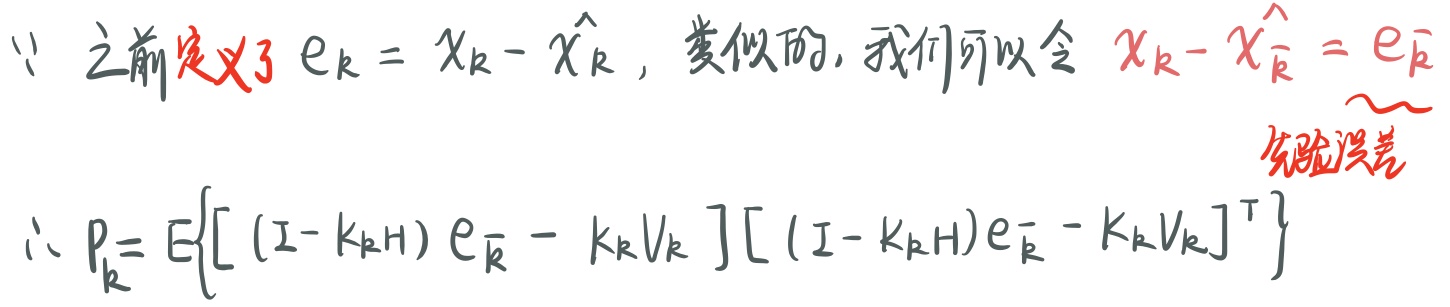
\(\because\)之前定义了 \(e_{k}=x_{k}-\hat{x_{k}}\)，类似的，我们可以令 \(x_{k}-\hat{x_{\overline{k}}}=e_{\overline{k}}\)  \(\sim\)  先验误差
\(\therefore P_{k}=E\left\{ \left[(I - K_{k}H)e_{\overline{k}}-K_{k}V_{k}\right]\left[(I - K_{k}H)e_{\overline{k}}-K_{k}V_{k}\right]^{\mathrm{T}}\right\}\)